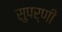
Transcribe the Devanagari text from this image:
सुपर्णी